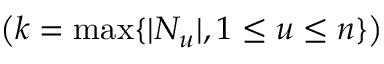
\left( k = \operatorname* { m a x } \{ | N _ { u } | , 1 \le u \le n \} \right)